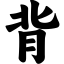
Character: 背